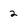
Character: 2